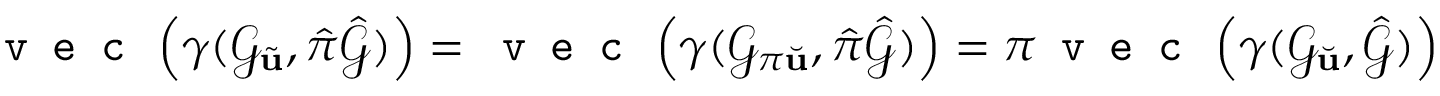
\texttt { v e c } \left( \gamma ( \mathcal { G } _ { \tilde { \mathbf { u } } } , \hat { \pi } \hat { \mathcal { G } } ) \right) = \texttt { v e c } \left( \gamma ( \mathcal { G } _ { \pi \Breve { \mathbf { u } } } , \hat { \pi } \hat { \mathcal { G } } ) \right) = \pi \texttt { v e c } \left( \gamma ( \mathcal { G } _ { \Breve { \mathbf { u } } } , \hat { \mathcal { G } } ) \right)